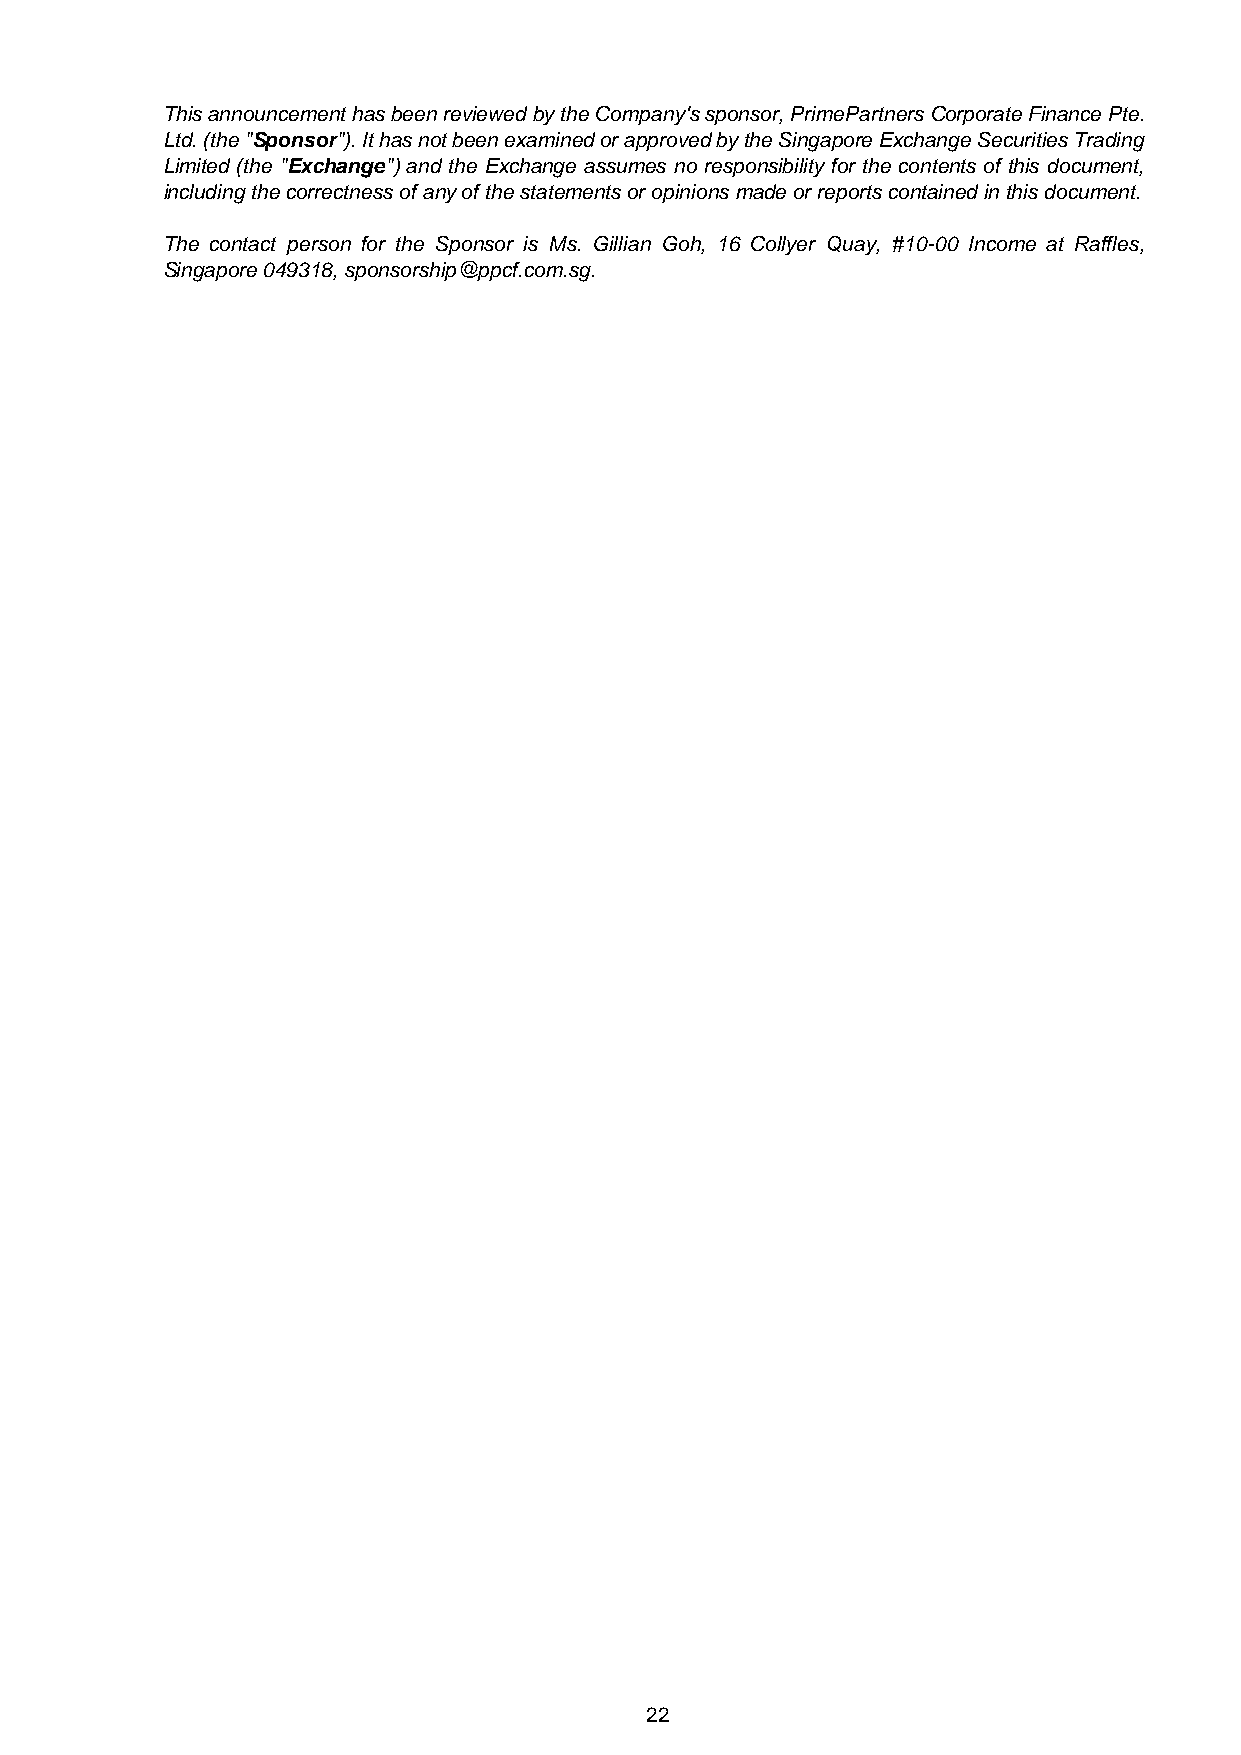
This announcement has been reviewed by the Company's sponsor, PrimePartners Corporate Finance Pte.
 Ltd. (the "Sponsor"). It has not been examined or approved by the Singapore Exchange Securities Trading
 Limited (the "Exchange") and the Exchange assumes no responsibility for the contents of this document,
 including the correctness of any of the statements or opinions made or reports contained in this document.
 The contact person for the Sponsor is Ms. Gillian Goh, 16 Collyer Quay, #10-00 Income at Raffles,
 Singapore 049318, sponsorship@ppcf.com.sg.
 22